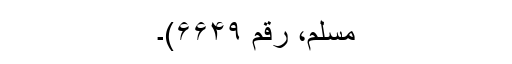
مسلم، رقم ۶۶۴۹)۔